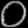
Digit: ၀